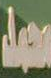
معبد